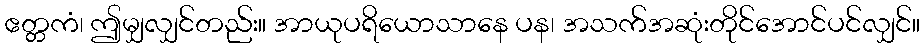
ဧတ္တကံ၊ ဤမျှလျှင်တည်း။ အာယုပရိယောသာနေ ပန၊ အသက်အဆုံးတိုင်အောင်ပင်လျှင်။